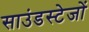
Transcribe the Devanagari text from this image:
साउंडस्टेजों